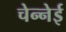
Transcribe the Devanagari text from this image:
चेन्नेई